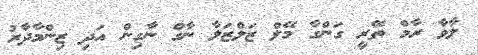
ލާވާ ރާމް ތޭރީ ގަންގާ މޭލް ޒަލްޒަލާ ނާގް ނާގިން އަދި ޒިންމާދާރު